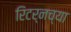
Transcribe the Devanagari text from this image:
रिटर्नच्या